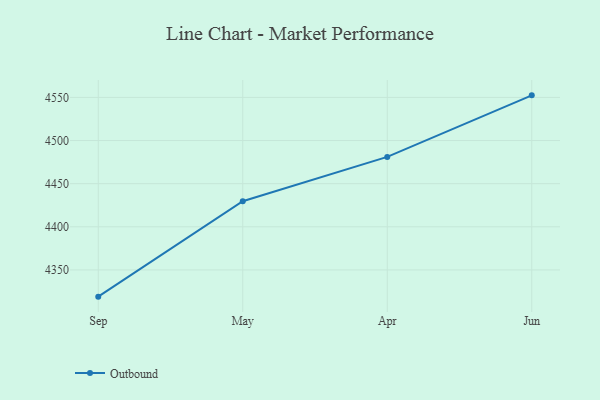
{"axis": {"x": "Month", "y": "Shipments"}, "legend": ["Outbound"], "data": [{"x": "Sep", "y": 4319.0, "type": "Outbound"}, {"x": "May", "y": 4429.6, "type": "Outbound"}, {"x": "Apr", "y": 4481.0, "type": "Outbound"}, {"x": "Jun", "y": 4552.4, "type": "Outbound"}]}